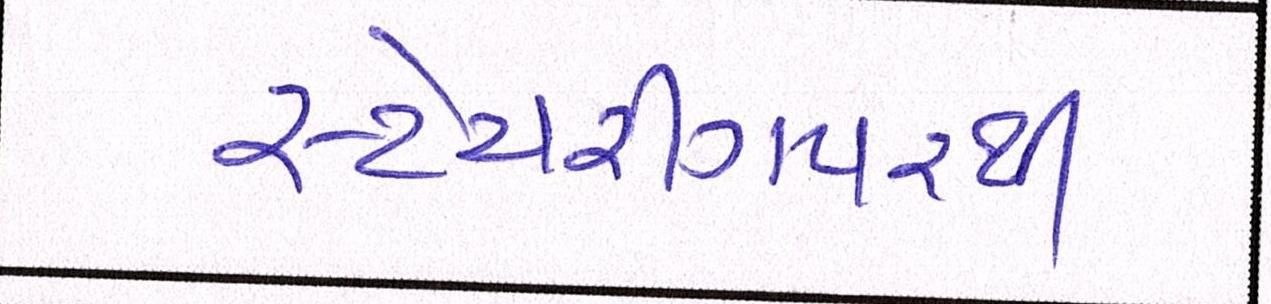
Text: સ્ટેયરીંગપરથી